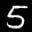
Label: 5